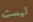
ليست